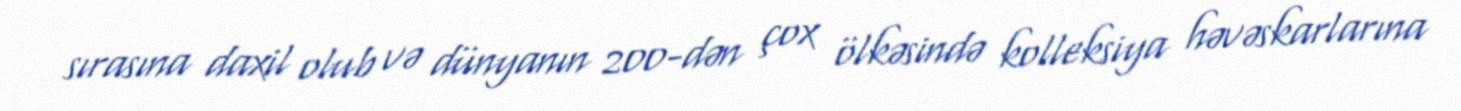
sırasına daxil olub və dünyanın 200-dən çox ölkəsində kolleksiya həvəskarlarına